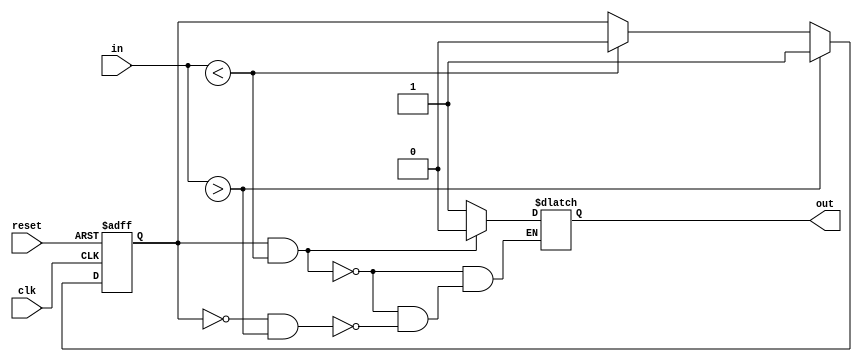
module schmitt_trigger (
    input wire clk,
    input wire reset,
    input wire in,
    output reg out
);

reg state;

always @(posedge clk or posedge reset) begin
    if (reset) begin
        state <= 0;
    end else begin
        if (in > threshold_high) begin
            state <= 1;
        end else if (in < threshold_low) begin
            state <= 0;
        end else begin
            state <= state;
        end
    end
end

always @(*) begin
    if (state && (in < threshold_low)) begin
        out = 0;
    end else if (!state && (in > threshold_high)) begin
        out = 1;
    end else begin
        out = out;
    end
end

endmodule